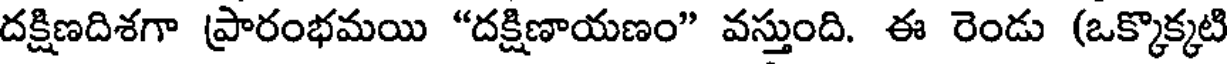
దక్షిణదిశగా ప్రారంభమయి "దక్షిణాయణం" వస్తుంది. ఈ రెండు (ఒక్కొక్కటి